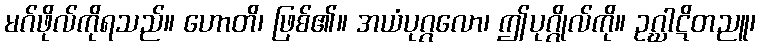
မဂ်ဖိုလ်ကိုရသည်။ ဟောတိ၊ ဖြစ်၏။ အယံပုဂ္ဂလော၊ ဤပုဂ္ဂိုလ်ကို။ ဥဂ္ဃာဋိတညူ၊